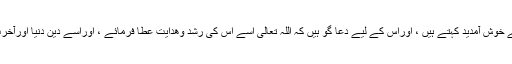
ہم اس عورت کو اخت فی اللہ کے اعتبار سے خوش آمدید کہتے ہيں ، اوراس کے لیے دعا گو ہيں کہ اللہ تعالی اسے اس کی رشد وھدایت عطا فرمائے ، اوراسے دین دنیا اورآخرت کی سعادت حاصل کرنے کی توفیق دے ۔